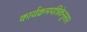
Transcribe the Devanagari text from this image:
कार्यक्रमपत्रिकेनुसार